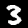
Label: 3